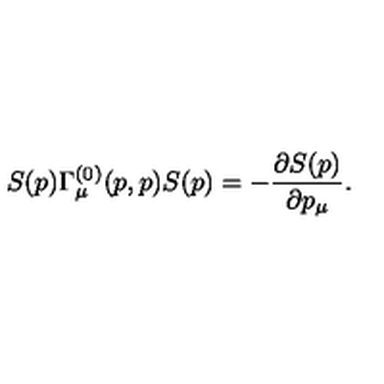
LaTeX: S ( p ) \Gamma _ { \mu } ^ { ( 0 ) } ( p , p ) S ( p ) = - \frac { \partial S ( p ) } { \partial p _ { \mu } } .